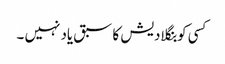
کسی کو بنگلادیش کا سبق یاد نہیں ۔